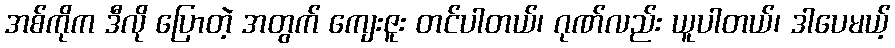
အစ်ကိုက ဒီလို ပြောတဲ့ အတွက် ကျေးဇူး တင်ပါတယ်၊ ဂုဏ်လည်း ယူပါတယ်၊ ဒါပေမယ့်